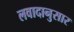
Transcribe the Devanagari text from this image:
लवादानुसार